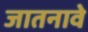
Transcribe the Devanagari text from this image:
जातनावे